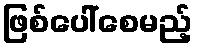
ဖြစ်ပေါ်စေမည့်